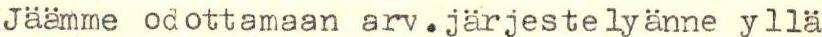
Jäämme odottamaan arv.järjestelyänne yllä